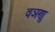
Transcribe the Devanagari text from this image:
वञणु